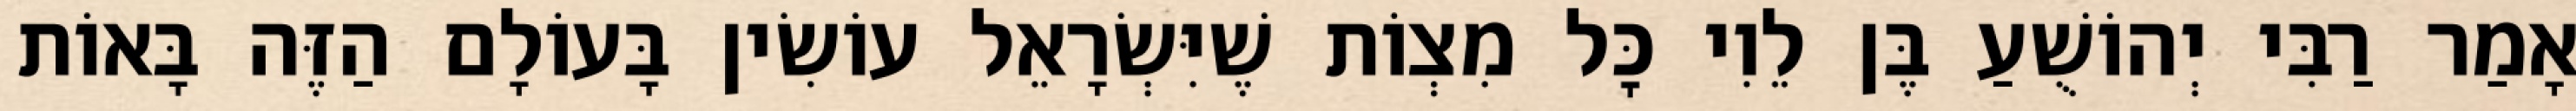
אָמַר רַבִּי יְהוֹשֻׁעַ בֶּן לֵוִי כׇּל מִצְוֹת שֶׁיִּשְׂרָאֵל עוֹשִׂין בָּעוֹלָם הַזֶּה בָּאוֹת